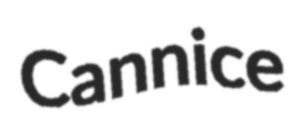
Cannice